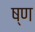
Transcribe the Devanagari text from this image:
ष्ण